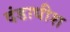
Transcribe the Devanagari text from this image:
दंडाधीश